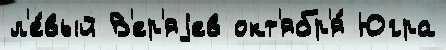
л'е́вый В'ер'яjев окт'ябр'я́ Югра